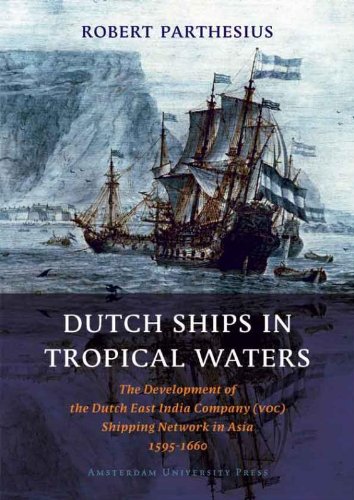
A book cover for Dutch Ships in Tropical Waters: The Development of the Dutch East India Company (VOC) Shipping Network in Asia 1595-1660 (Amsterdam Studies in the Dutch Golden Age); Robert Parthesius; History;